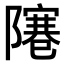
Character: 𨼭